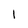
Character: l